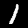
Digit: 1